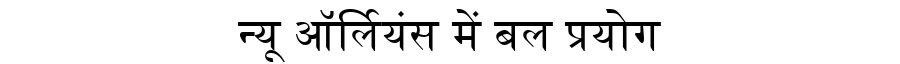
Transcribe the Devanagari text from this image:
न्यू ऑर्लियंस में बल प्रयोग